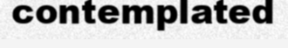
contemplated